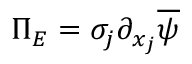
\Pi _ { E } = \sigma _ { j } \partial _ { x _ { j } } \overline { { \psi } }